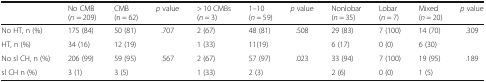
<table><thead><tr><td></td><td><b>No CMB (<i>n</i> = 209)</b></td><td><b>CMB (n = 62)</b></td><td><b><i>p</i> value</b></td><td><b>&gt; 10 CMBs (<i>n</i> = 3)</b></td><td><b>1–10 (<i>n</i> = 59)</b></td><td><b><i>p</i> value</b></td><td><b>Nonlobar (<i>n</i> = 35)</b></td><td><b>Lobar (<i>n</i> = 7)</b></td><td><b>Mixed (<i>n</i> = 20)</b></td><td><b><i>p</i> value</b></td></tr></thead><tbody><tr><td>No HT, n (%)</td><td>175 (84)</td><td>50 (81)</td><td rowspan="2">.707</td><td>2 (67)</td><td>48 (81)</td><td rowspan="2">.508</td><td>29 (83)</td><td>7 (100)</td><td>14 (70)</td><td rowspan="2">.309</td></tr><tr><td>HT, n (%)</td><td>34 (16)</td><td>12 (19)</td><td>1 (33)</td><td>11(19)</td><td>6 (17)</td><td>0 (0)</td><td>6 (30)</td></tr><tr><td>No sl CH, n (%)</td><td>206 (99)</td><td>59 (95)</td><td rowspan="2">.567</td><td>2 (67)</td><td>57 (97)</td><td rowspan="2">.023</td><td>33 (94)</td><td>7 (100)</td><td>19 (95)</td><td rowspan="2">.189</td></tr><tr><td>sl CH n (%)</td><td>3 (1)</td><td>3 (5)</td><td>1 (33)</td><td>2 (3)</td><td>2 (6)</td><td>0 (0)</td><td>1 (5)</td></tr></tbody></table>